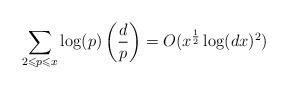
LaTeX: \begin{align*}\sum_{\substack{ 2\leqslant p\leqslant x \\ }} \log(p) \left( \frac{d}{p}\right) = O( x^{\frac{1}{2}} \log( d x )^2)\end{align*}